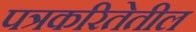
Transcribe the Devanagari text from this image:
पत्रकरितेतील